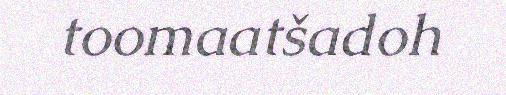
toomaatšadoh